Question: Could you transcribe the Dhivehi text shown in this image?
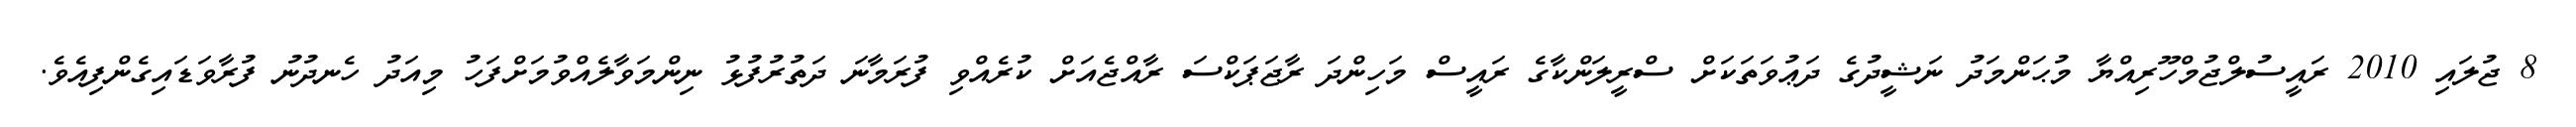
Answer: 8 ޖުލައި 2010 ރައީސުލްޖުމްހޫރިއްޔާ މުޙަންމަދު ނަޝީދުގެ ދަޢުވަތަކަށް ސްރީލަންކާގެ ރައީސް މަހިންދަ ރާޖަޕަކްސަ ރާއްޖެއަށް ކުރެއްވި ފުރަމާނަ ދަތުރުފުޅު ނިންމަވާލެއްވުމަށްފަހު މިއަދު ހެނދުނު ފުރާވަޑައިގެންފިއެވެ.